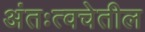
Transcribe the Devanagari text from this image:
अंतःत्वचेतील